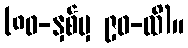
(၈၀-နှစ်မှ ၉၀-ထိ)။